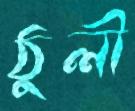
ঠুলী